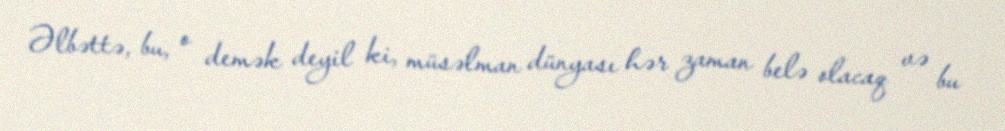
Əlbəttə, bu, o demək deyil ki, müsəlman dünyası hər zaman belə olacaq və bu